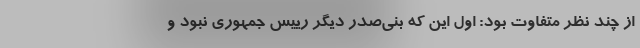
از چند نظر متفاوت بود: اول این که بنی‌صدر دیگر رییس جمهوری نبود و